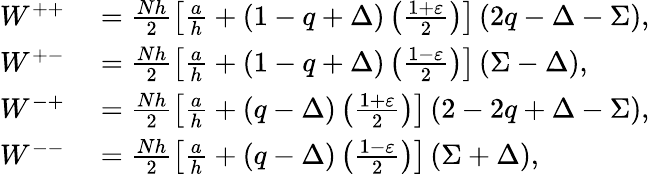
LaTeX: \begin{array}{rl}{W^{++}}&{{}=\frac{Nh}{2}\left[\frac{a}{h}+\left(1-q+\Delta\right)\left(\frac{1+\varepsilon}{2}\right)\right]\left(2q-\Delta-\Sigma\right),}\\ {W^{+-}}&{{}=\frac{Nh}{2}\left[\frac{a}{h}+\left(1-q+\Delta\right)\left(\frac{1-\varepsilon}{2}\right)\right]\left(\Sigma-\Delta\right),}\\ {W^{-+}}&{{}=\frac{Nh}{2}\left[\frac{a}{h}+\left(q-\Delta\right)\left(\frac{1+\varepsilon}{2}\right)\right]\left(2-2q+\Delta-\Sigma\right),}\\ {W^{--}}&{{}=\frac{Nh}{2}\left[\frac{a}{h}+\left(q-\Delta\right)\left(\frac{1-\varepsilon}{2}\right)\right]\left(\Sigma+\Delta\right),}\end{array}